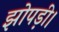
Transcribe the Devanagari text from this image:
झोपड़ी।